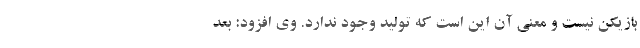
بازیکن نیست و معنی آن این است که تولید وجود ندارد. وی افزود: بعد